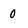
Character: 0